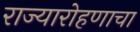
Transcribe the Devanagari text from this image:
राज्यारोहणाचा